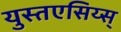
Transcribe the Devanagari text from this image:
युस्तएसिय्स्